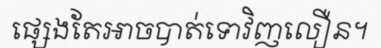
ផ្សេងតែអាចបាត់ទោវិញលឿន។